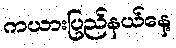
ကယားပြည်နယ်နေ့